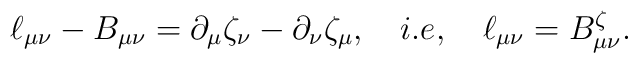
\ell_{\mu\nu}-B_{\mu\nu} = \partial_\mu \zeta_\nu- \partial_\nu \zeta_\mu ,\quad i.e, \quad  \ell_{\mu\nu} = B_{\mu\nu}^{\zeta} .